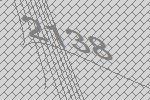
2138